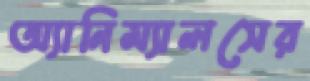
অ্যানিম্যালসের